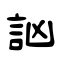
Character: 訩